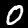
Digit: 0